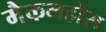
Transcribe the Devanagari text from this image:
मैकमहोंस